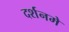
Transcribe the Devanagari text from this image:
दर्शनमे